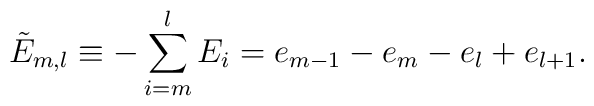
\tilde{E}_{m,l}\equiv -\sum_{i=m}^{l}E_i=e_{m-1}-e_m-e_l+e_{l+1}.